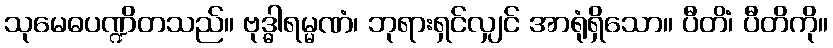
သုမေဓပဏ္ဍိတသည်။ ဗုဒ္ဓါရမ္မဏံ၊ ဘုရားရှင်လျှင် အာရုံရှိသော။ ပီတိံ၊ ပီတိကို။